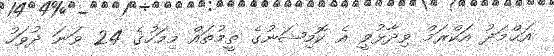
އަޙްމަދު އަކްރަމް ވިދާޅުވީ އެ ކޮމިޝަނުގެ ތީމުތައް މިމަހުގެ 24 ވަނަ ދުވަހު